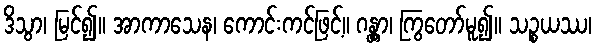
ဒိသွာ၊ မြင်၍။ အာကာသေန၊ ကောင်းကင်ဖြင့်။ ဂန္တွာ၊ ကြွတော်မူ၍။ သဉ္စယဿ၊